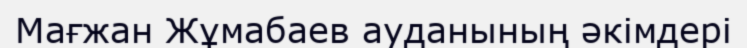
Мағжан Жұмабаев ауданының әкімдері